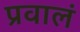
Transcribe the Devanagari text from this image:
प्रवालं